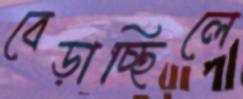
বেড়াচ্ছিলে